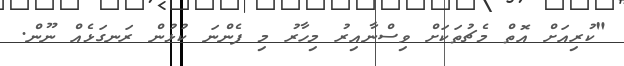
"ކުރިއަށް އޮތް މެޗުތަކަށް ވިސްނާއިރު މިހާރު މި ފެންނަ ކުޅުން ރަނގަޅެއް ނޫން.